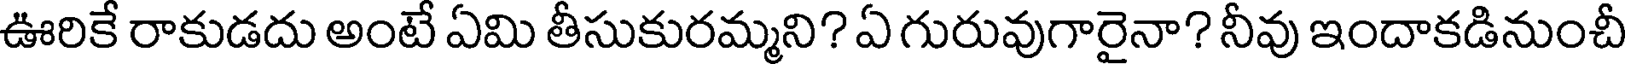
ఊరికే రాకుడదు అంటే ఏమి తీసుకురమ్మని? ఏ గురువుగారైనా? నీవు ఇందాకడినుంచీ